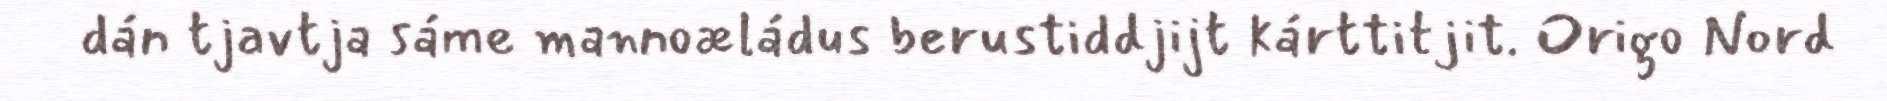
dán tjavtja sáme mannoæládus berustiddjijt kárttitjit. Origo Nord